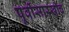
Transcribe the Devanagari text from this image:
पूर्वीसारखीच